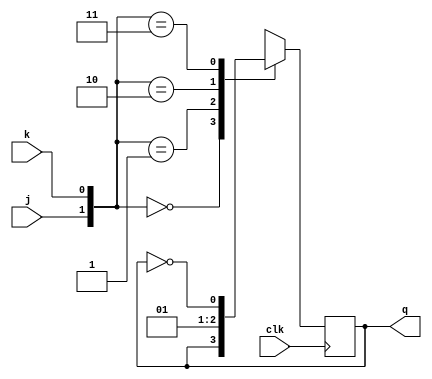
`timescale 1ns / 1ps
//////////////////////////////////////////////////////////////////////////////////
// Company: 
// 
// Design Name: 
// Module Name: jk_ff
// Project Name: 
// Target Devices: 
// Tool Versions: 
// Description: 
// 
// Dependencies: 
// 
// Revision:
// Revision 0.01 - File Created
// Additional Comments:
// 
//////////////////////////////////////////////////////////////////////////////////


module jk_ff(input clk,
             input j,
             input k,
             output reg q
             );
             
    always @(posedge clk) begin
        case ({j, k})
            2'b00 : q <= q;
            2'b01 : q <= 0;
            2'b10 : q <= 1;
            2'b11 : q <= ~q;
        endcase
    end
  
endmodule